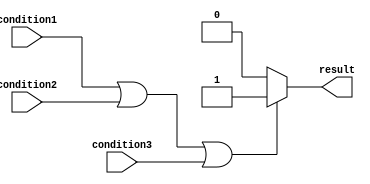
module if_else_logical_or (
    input wire condition1,
    input wire condition2,
    input wire condition3,
    output reg result
);

always @*
begin
    if (condition1 || condition2 || condition3) begin
        // Condition is true, execute corresponding set of statements
        result <= 1;
    end
    else begin
        // Condition is false
        result <= 0;
    end
end

endmodule